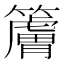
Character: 𰪠